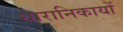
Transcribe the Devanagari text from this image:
धारानिकायों